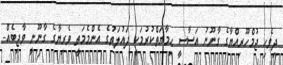
ދިވެހި ޖުމްހޫރިއްޔާގެ ގާނޫނު އަސާސީ ޙިމާޔަތްކުރުމަކީ ދައުލަތުގެ އެންމެމަތީ ވެރިޔާގެ ގާނޫނީ ވާޖިބެއް-